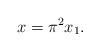
LaTeX: \begin{align*} x = \pi^2 x_1. \end{align*}